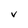
Character: V